Report of the Bombay Veterinary College
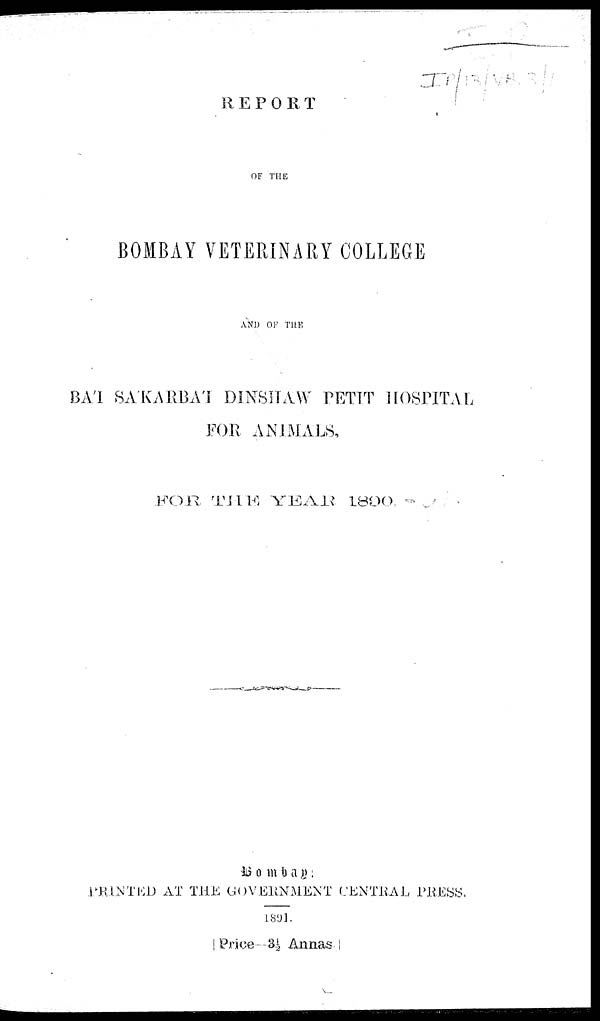
REPORT
OF THE
BOMBAY VETERINARY COLLEGE
AND OF THE
BA'I SA'KARBA'I DINSHAW PETIT HOSPITAL
FOR ANIMALS,
FOR THE YEAR
1890.
Bombay:
PRINTED AT THE GOVERNMENT CENTRAL PRESS.
1891.
[Price—3½ Annas.]